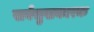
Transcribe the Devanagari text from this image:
सर्वसुखकारक